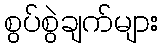
စွပ်စွဲချက်များ